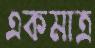
একমাত্র